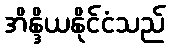
အိန္ဒိယနိုင်ငံသည်